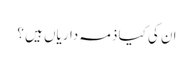
ان کی کیا ذمہ داریاں ہیں ؟